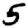
Digit: 5